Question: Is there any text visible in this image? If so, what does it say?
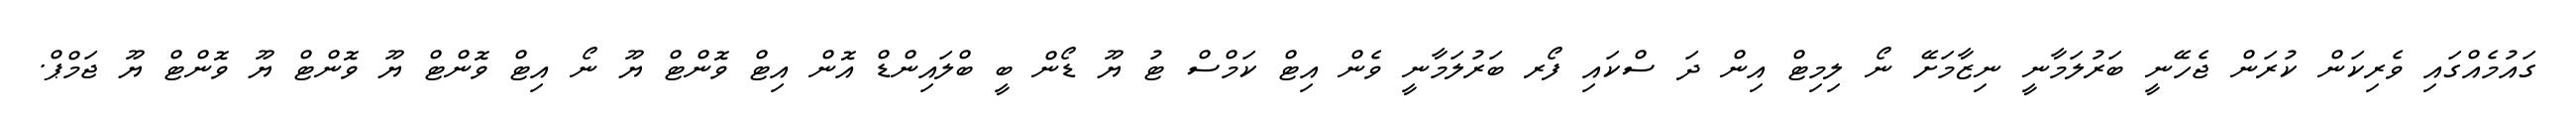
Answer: ގައުމެއްގައި ވެރިކަން ކުރަން ޖެހޭނީ ބަރުލަމާނީ ނިޒާމަށޭ ނޯ ލިމިޓް އިން ދަ ސްކައި ފޯރ ބަރުލަމާނީ ވެން އިޓް ކަމްސް ޓު ޔޫ ޑޯން ބީ ބްލައިންޑް އޮން އިޓް ވޮންޓް ޔޫ ނޯ އިޓް ވޮންޓް ޔޫ ވޮންޓް ޔޫ ވޮންޓް ޔޫ ޖަމްޕް.